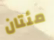
مئتان